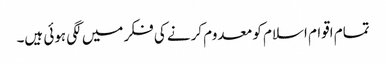
تمام اقوام اسلام کو معدوم کرنے کی فکر میں لگی ہوئی ہیں۔